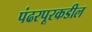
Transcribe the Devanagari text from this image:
पंढरपूरकडील